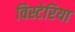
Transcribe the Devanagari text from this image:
विस्टेरिया